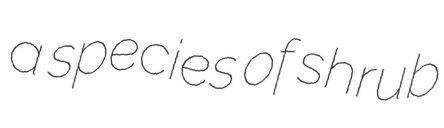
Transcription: a species of shrub